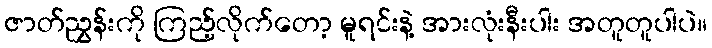
ဇာတ်ညွှန်းကို ကြည့်လိုက်တော့ မူရင်းနဲ့ အားလုံးနီးပါး အတူတူပါပဲ။